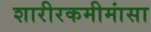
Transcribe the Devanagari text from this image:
शारीरकमीमांसा